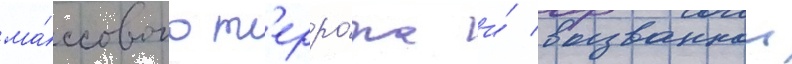
ма́ссового т'ерро́ра и́ вызваннои